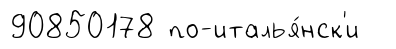
90850178 по-италья́нск'и